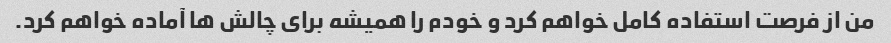
من از فرصت استفاده کامل خواهم کرد و خودم را همیشه برای چالش ها آماده خواهم کرد.